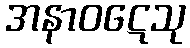
အနာဝဋေသု